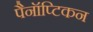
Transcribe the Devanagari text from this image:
पैनॉप्टिकन